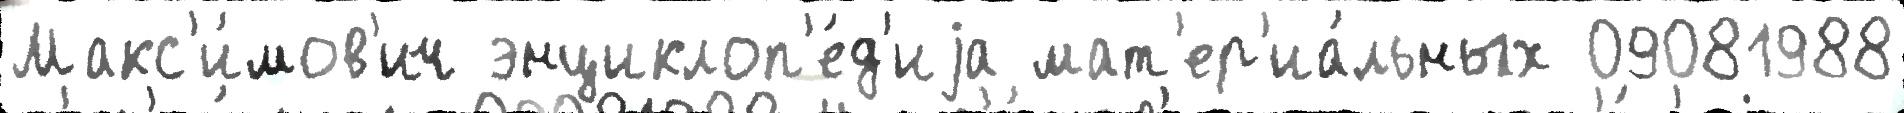
Макс'и́мов'ич энциклоп'е́д'иjа мат'ер'иа́льных 09081988